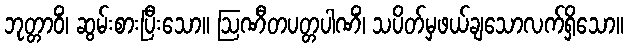
ဘုတ္တာဝိံ၊ ဆွမ်းစားပြီးသော။ ဩဏီတပတ္တပါဏိံ၊ သပိတ်မှဖယ်ချသောလက်ရှိသော။